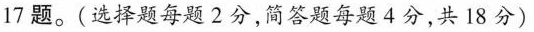
17题。(选择题每题?分，答题每题4分，共18分)